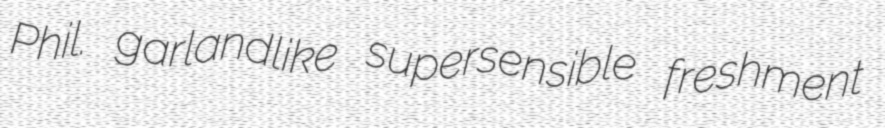
Phil. garlandlike supersensible freshment